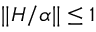
\| H / \alpha \| \leq 1